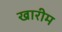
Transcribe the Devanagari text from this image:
खारीम